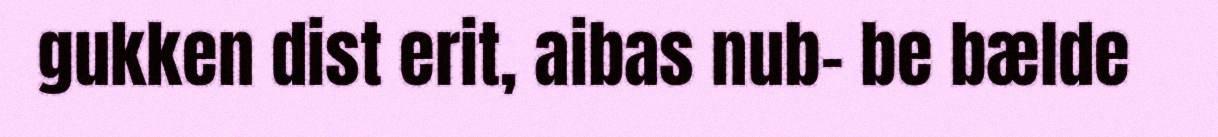
gukken dist erit, aibas nub- be bælde